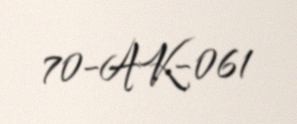
70-AK-061